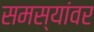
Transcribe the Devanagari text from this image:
समस्‍यांवर